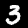
Label: 3